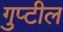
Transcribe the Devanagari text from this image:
गुप्टील